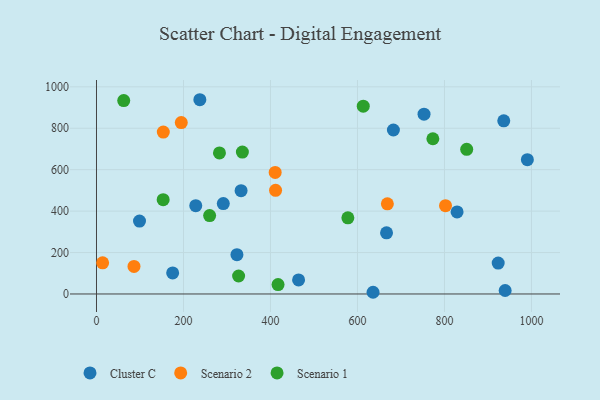
{"axis": {"x": "Speed", "y": "Salary"}, "legend": ["Cluster C", "Scenario 1", "Scenario 2"], "data": [{"x": "228.2", "y": 426.0, "type": "Cluster C"}, {"x": "829.0", "y": 396.0, "type": "Cluster C"}, {"x": "98.9", "y": 351.9, "type": "Cluster C"}, {"x": "923.5", "y": 149.0, "type": "Cluster C"}, {"x": "332.4", "y": 498.8, "type": "Cluster C"}, {"x": "464.6", "y": 67.9, "type": "Cluster C"}, {"x": "291.5", "y": 436.3, "type": "Cluster C"}, {"x": "939.5", "y": 16.8, "type": "Cluster C"}, {"x": "753.0", "y": 867.7, "type": "Cluster C"}, {"x": "666.8", "y": 295.0, "type": "Cluster C"}, {"x": "682.6", "y": 791.4, "type": "Cluster C"}, {"x": "936.3", "y": 835.9, "type": "Cluster C"}, {"x": "175.1", "y": 101.8, "type": "Cluster C"}, {"x": "322.9", "y": 189.8, "type": "Cluster C"}, {"x": "635.8", "y": 8.2, "type": "Cluster C"}, {"x": "990.6", "y": 648.1, "type": "Cluster C"}, {"x": "237.6", "y": 937.6, "type": "Cluster C"}, {"x": "410.8", "y": 586.5, "type": "Scenario 2"}, {"x": "86.2", "y": 133.2, "type": "Scenario 2"}, {"x": "411.7", "y": 500.5, "type": "Scenario 2"}, {"x": "14.1", "y": 150.2, "type": "Scenario 2"}, {"x": "194.9", "y": 827.1, "type": "Scenario 2"}, {"x": "153.6", "y": 781.6, "type": "Scenario 2"}, {"x": "802.4", "y": 426.2, "type": "Scenario 2"}, {"x": "668.7", "y": 435.1, "type": "Scenario 2"}, {"x": "773.3", "y": 749.3, "type": "Scenario 1"}, {"x": "326.7", "y": 86.7, "type": "Scenario 1"}, {"x": "417.4", "y": 45.5, "type": "Scenario 1"}, {"x": "851.1", "y": 698.3, "type": "Scenario 1"}, {"x": "577.9", "y": 367.7, "type": "Scenario 1"}, {"x": "62.6", "y": 933.5, "type": "Scenario 1"}, {"x": "153.3", "y": 455.1, "type": "Scenario 1"}, {"x": "335.4", "y": 684.9, "type": "Scenario 1"}, {"x": "260.1", "y": 378.6, "type": "Scenario 1"}, {"x": "613.3", "y": 906.7, "type": "Scenario 1"}, {"x": "282.7", "y": 680.9, "type": "Scenario 1"}]}